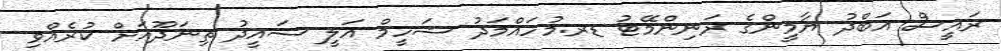
ރައީސް އަބްދު ޔާމީންގެ ރަނިންމޭޓު ޑރ.މުހައްމަދު ޝަހީމް އަލީ ސައީދު ތިނަދޫއަށް ކުރެއްވި